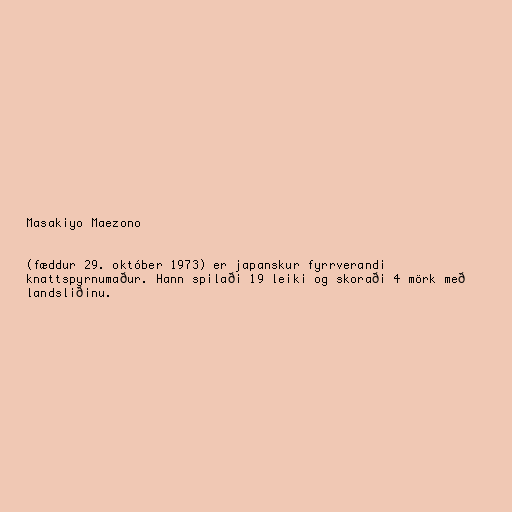
Masakiyo Maezono

(fæddur 29. október 1973) er japanskur fyrrverandi
knattspyrnumaður. Hann spilaði 19 leiki og skoraði 4 mörk með
landsliðinu.